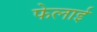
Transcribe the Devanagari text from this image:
फेलाई